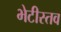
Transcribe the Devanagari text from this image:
भेटीस्तव